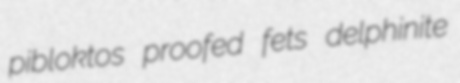
pibloktos proofed fets delphinite